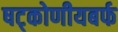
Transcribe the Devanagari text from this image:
षट्कोणीयबर्फ